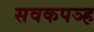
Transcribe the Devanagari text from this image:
सवकपञ्ह